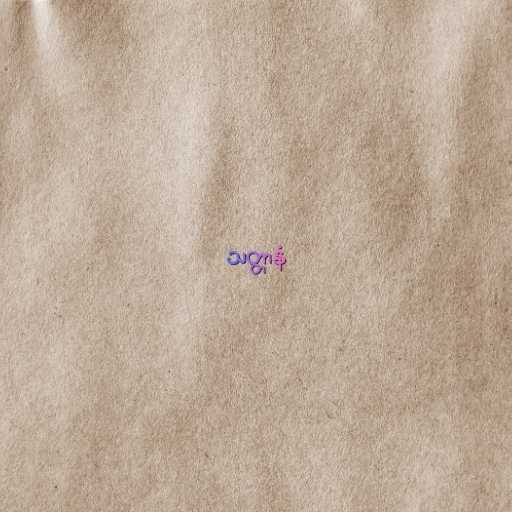
သတ္တာနံ